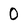
Character: 0